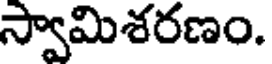
స్వామిశరణం.